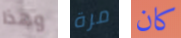
وهذا مرة كان